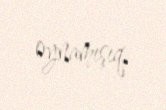
oynamışıq.